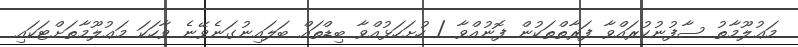
މަޢުލޫމާތު ސާފުނުކުރައްވާ ފަރާތްތަކުން ފޮނުއްވާ / ހުށަހަޅުއްވާ ބިޑްތައް ބަލައިނުގަނެވޭނެ ވާހަކަ މަޢުލޫމާތަށްޓަކައި